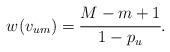
LaTeX: \begin{align*}w(v_{um}) = \cfrac{M - m + 1}{1-p_u}.\end{align*}